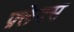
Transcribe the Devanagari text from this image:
फ़्लेक्स